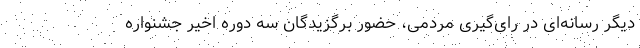
دیگر رسانه‌ای در رای‌گیری مردمی، حضور برگزیدگان سه دوره اخیر جشنواره